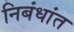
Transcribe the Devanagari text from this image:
निबंधांत